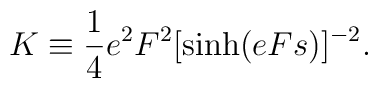
K \equiv \frac{1}{4} e^{2}F^{2}[\sinh(eFs)]^{-2}.